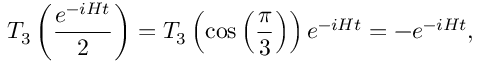
T _ { 3 } \left( \frac { e ^ { - i H t } } { 2 } \right) = T _ { 3 } \left( \cos \left( \frac { \pi } { 3 } \right) \right) e ^ { - i H t } = - e ^ { - i H t } ,